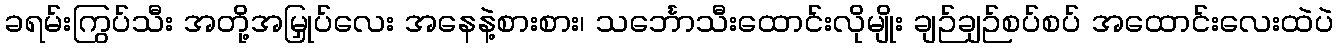
ခရမ်းကြွပ်သီး အတို့အမြှုပ်လေး အနေနဲ့စားစား၊ သင်္ဘောသီးထောင်းလိုမျိုး ချဉ်ချဉ်စပ်စပ် အထောင်းလေးထဲပဲ